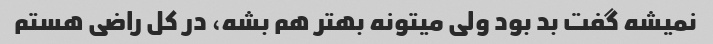
نمیشه گفت بد بود ولی میتونه بهتر هم بشه، در کل راضی هستم